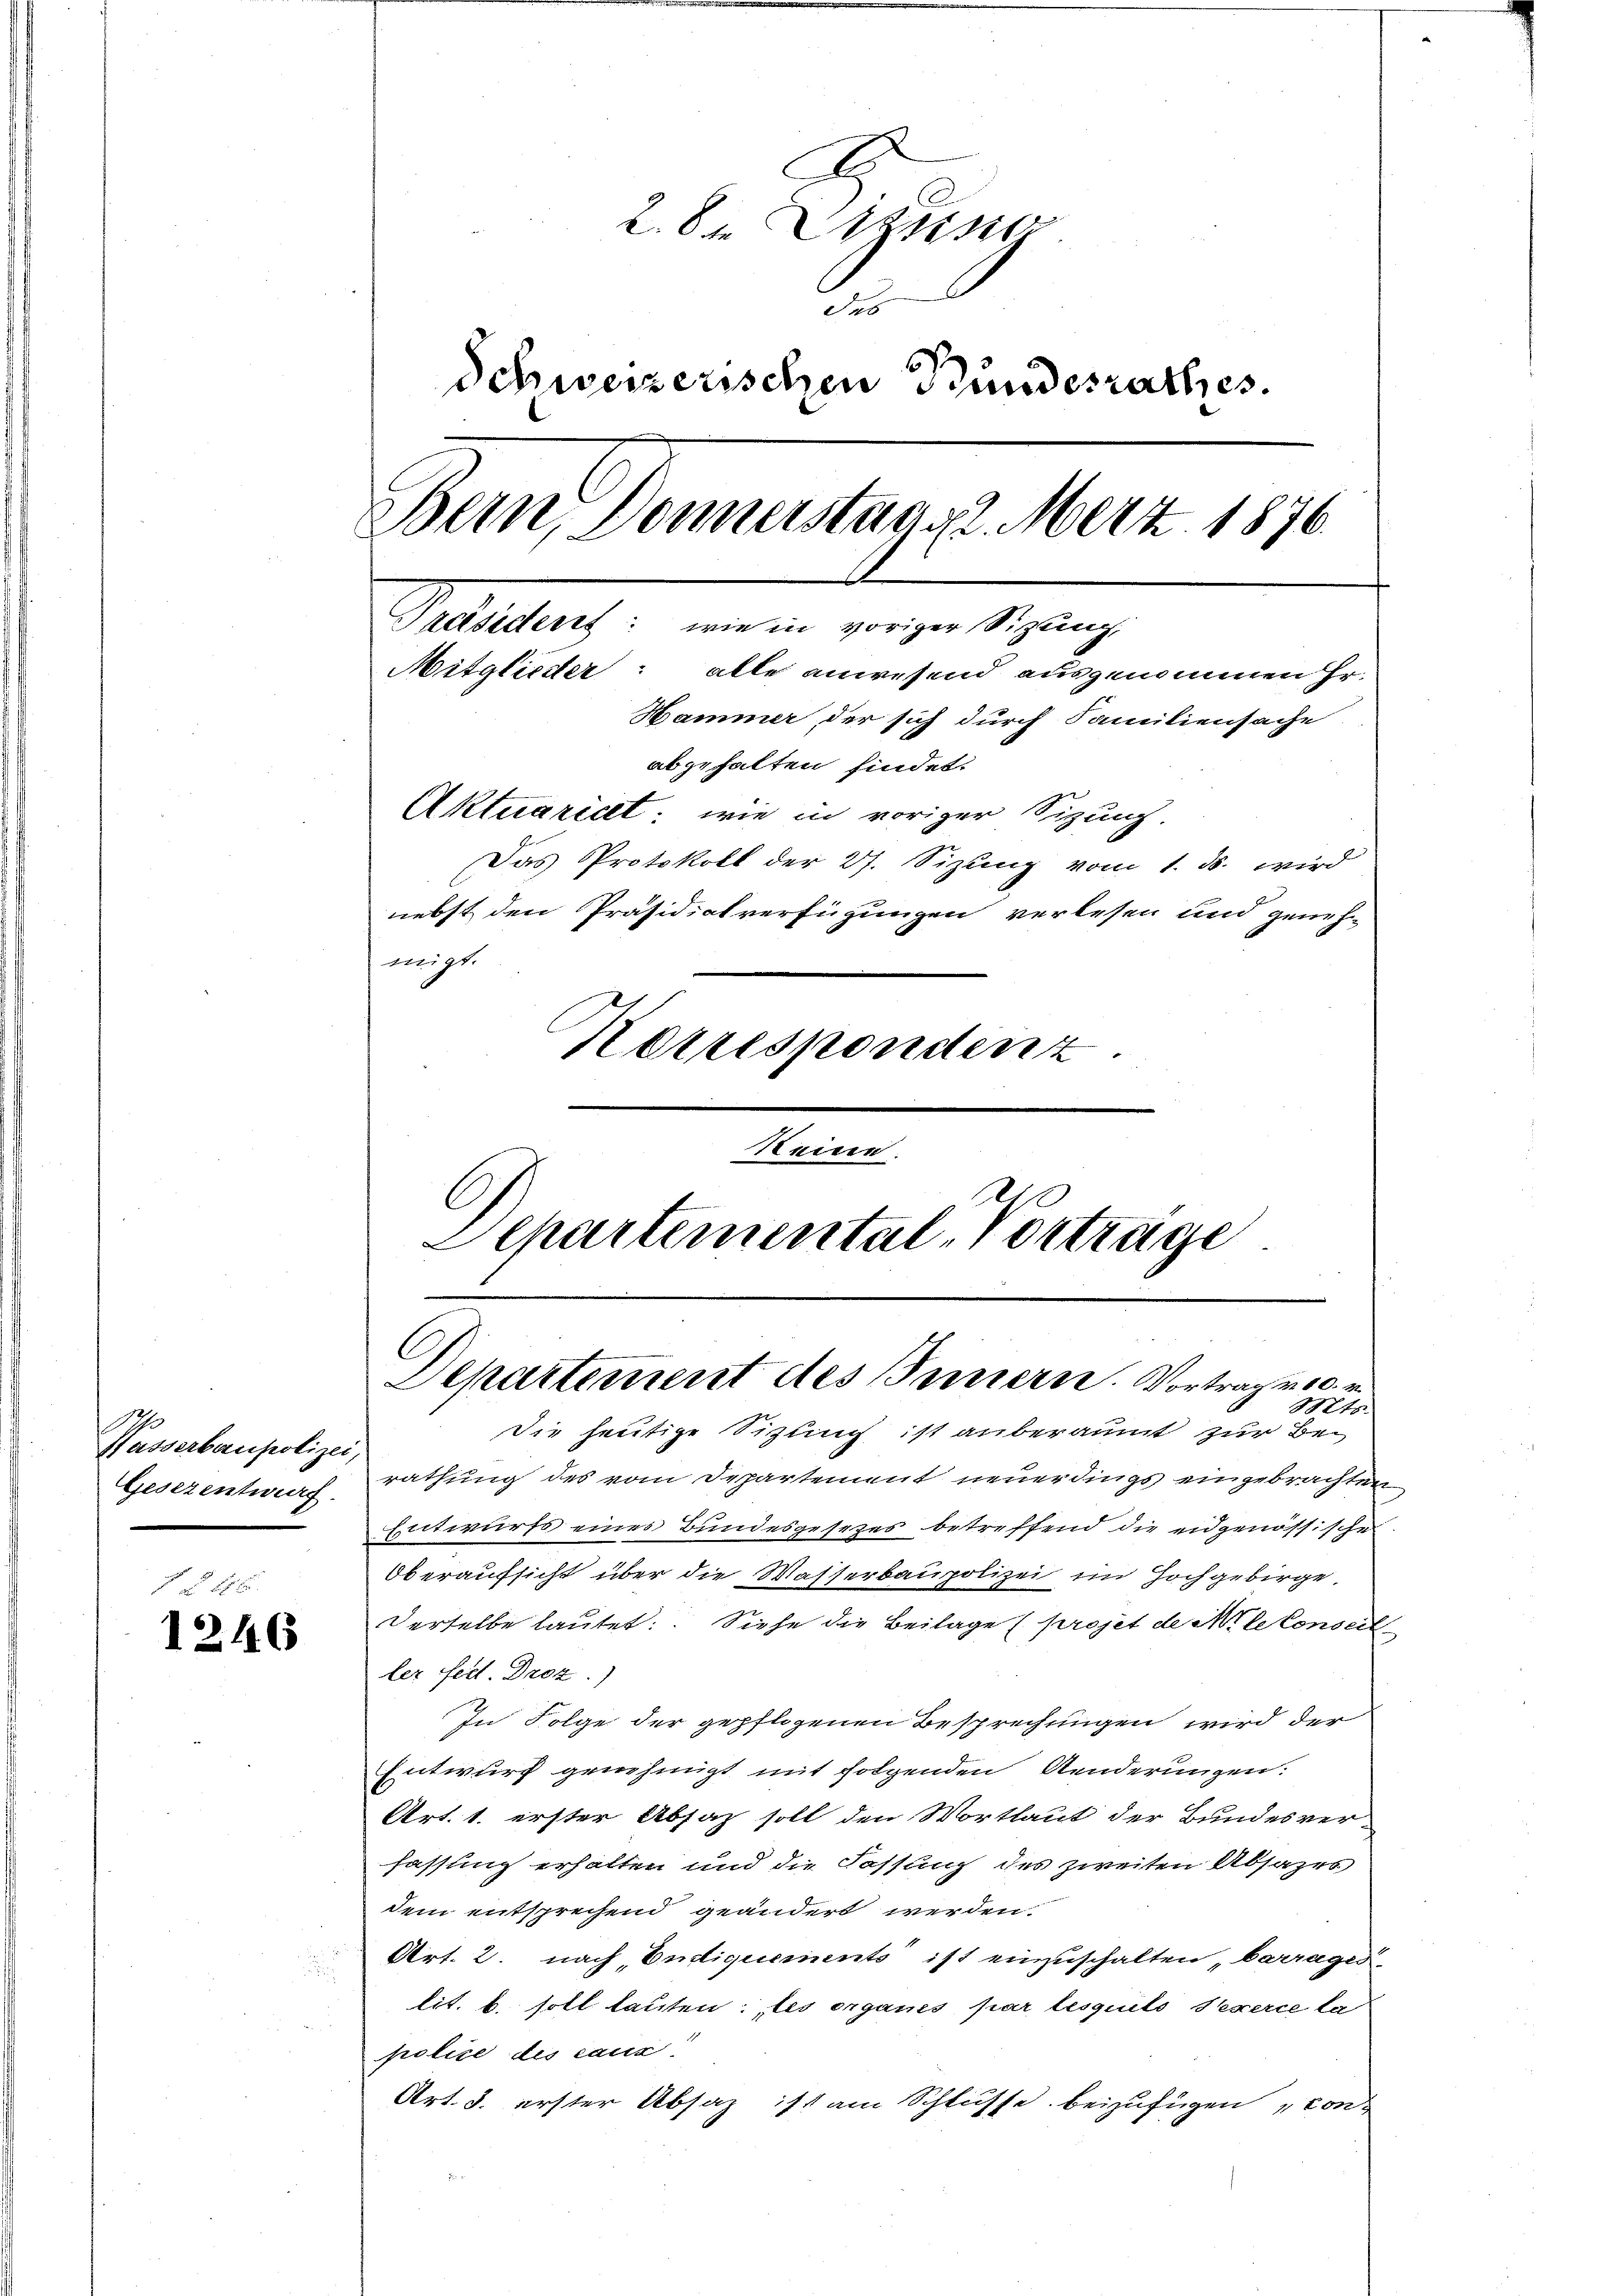
Wasserberupolizei,

1 § 46
1246

2.8
Jas
Schweizerischen Bundesrathes.
Bern, Donnerstags. Merz 1876.
Präsident: wie in voriger Sitzung,
Mitglieder: alle anwesend ausgenommen Hr.
Hammer, der sich durch Familiensache
abgehalten findet.
Aktuaridt: wie in voriger Sizung.
Das Protokoll der 27. Sizung vom 1. ds. wird
nebst den Präsidialverfügungen verlesen und geneh-
migt.
Korrespondenz.
Reinen.

1
C
Schartemental-Vorträge
Departement des Innern. Vortrag v. 10. r.
Mts.

die heutige Sitzung ist anberaumt zur Be¬
Gesezentwarf, rathung des vom Departement neuerdings eingebrachten
Entwurfs eines Bundesgesetzes betreffend die eidgenössische
Oberaufsicht über die Wasserbaupolizei im Hochgebirge
Derselbe lautet: Siehe die Beilage (projet de Milekonseit
ler fest. Droz.)
In Folge der gepflogenen Besprechungen wird der
Entwurf genehmigt mit folgenden Aenderungen:
Art. 1. erster Absatz soll den Wortlaut der Bundesver-
fassung erhalten und die Fassung des zweiten Absages
dem entsprechend geändert werden.
Art. 2. nach Endiquements ist einzuschalten barrages
lit. b. soll lauten: les organes par lesquels Sexerce la
police des caus
Art. 3. erster Absaz ist am Schlusse beizufügen „con
Be